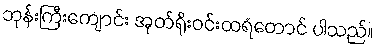
ဘုန်းကြီးကျောင်း အုတ်ရိုးဝင်းထရံတောင် ပါသည်။